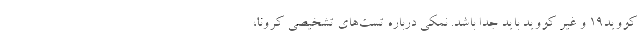
کووید۱۹ و غیر کووید باید جدا باشد. نمکی درباره تست‌های تشخیصی کرونا،